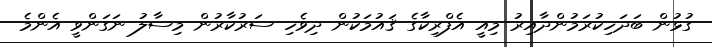
ގުޅުން ބަދަހިކުރަމުންދާއިރު މިއީ އެފްރިކާގެ ޤައުމަކުން ދިވެހި ސަރުކާރުން މިސާލު ނަގަންވީ އެންމެ